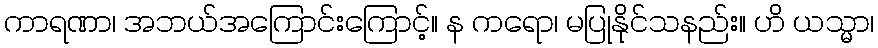
ကာရဏာ၊ အဘယ်အကြောင်းကြောင့်။ န ကရော၊ မပြုနိုင်သနည်း။ ဟိ ယသ္မာ၊